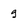
Character: g